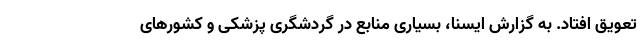
تعویق افتاد. به گزارش ایسنا، بسیاری منابع در گردشگری پزشکی و کشورهای